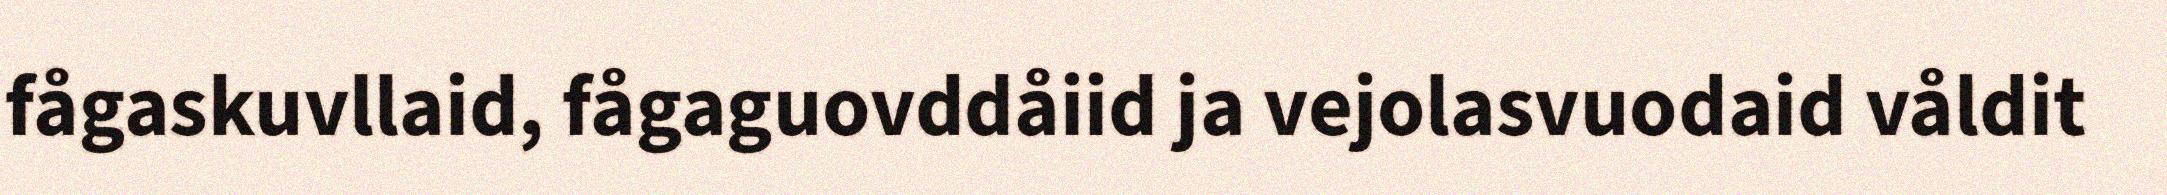
fågaskuvllaid, fågaguovddåiid ja vejolasvuodaid våldit